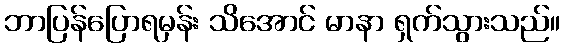
ဘာပြန်ပြောရမှန်း သိအောင် မာနာ ရှက်သွားသည်။